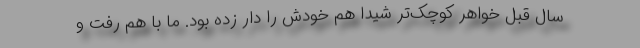
سال قبل خواهر کوچک‌تر شیدا هم خودش را دار زده بود. ما با هم رفت و